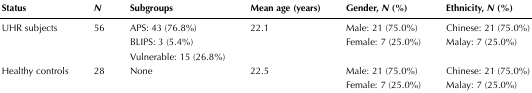
<table><thead><tr><td><b>Status</b></td><td><b><i>N</i></b></td><td><b>Subgroups</b></td><td><b>Mean age (years)</b></td><td><b>Gender, <i>N</i> (%)</b></td><td><b>Ethnicity, <i>N</i>(%)</b></td></tr></thead><tbody><tr><td rowspan="3">UHR subjects</td><td rowspan="3">56</td><td>APS: 43 (76.8%)</td><td rowspan="3">22.1</td><td>Male: 21 (75.0%)</td><td>Chinese: 21 (75.0%)</td></tr><tr><td>BLIPS: 3 (5.4%)</td><td>Female: 7 (25.0%)</td><td>Malay: 7 (25.0%)</td></tr><tr><td>Vulnerable: 15 (26.8%)</td><td></td><td></td></tr><tr><td rowspan="2">Healthy controls</td><td rowspan="2">28</td><td rowspan="2">None</td><td rowspan="2">22.5</td><td>Male: 21 (75.0%)</td><td>Chinese: 21 (75.0%)</td></tr><tr><td>Female: 7 (25.0%)</td><td>Malay: 7 (25.0%)</td></tr></tbody></table>